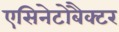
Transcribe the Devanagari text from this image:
एसिनेटोबैक्टर